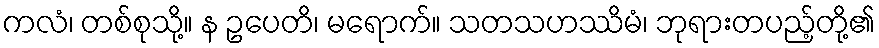
ကလံ၊ တစ်စုသို့။ န ဥပေတိ၊ မရောက်။ သတသဟဿိမံ၊ ဘုရားတပည့်တို့၏